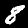
Label: 8